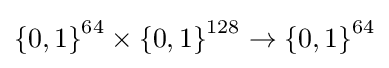
\left\{0,1\right\}^{64}\times \left\{0,1\right\}^{128}\to \left\{0,1\right\}^{64}